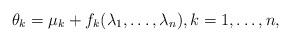
LaTeX: \begin{align*}\theta_k=\mu_k+f_k(\lambda_1,\dots,\lambda_n),k=1,\dots,n,\end{align*}